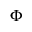
\boldsymbol { \Phi }